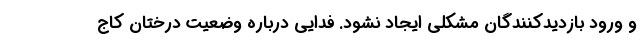
و ورود بازدیدکنندگان مشکلی ایجاد نشود. فدایی درباره وضعیت درختان کاج